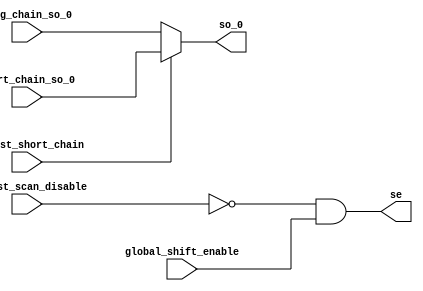
module ctu_test_stub_scan (/*AUTOARG*/
// Outputs
se, so_0, 
// Inputs
global_shift_enable, ctu_tst_scan_disable, 
//ctu_tst_scanmode, 
ctu_tst_short_chain, long_chain_so_0, short_chain_so_0
);

   input        global_shift_enable;
   input        ctu_tst_scan_disable;
   //input        ctu_tst_scanmode;
   input 	ctu_tst_short_chain;
   input 	long_chain_so_0;
   input 	short_chain_so_0;
   
   output 	se;
   output 	so_0;

   //wire 	testmode_l;
   wire         short_chain_select;


   assign  se                 = ~ctu_tst_scan_disable & global_shift_enable;
   //assign  testmode_l         = ~ctu_tst_scanmode;
   assign  short_chain_select = ctu_tst_short_chain;
   assign  so_0               = short_chain_select ? short_chain_so_0 : long_chain_so_0;
   
endmodule